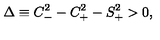
\Delta \equiv C _ { - } ^ { 2 } - C _ { + } ^ { 2 } - S _ { + } ^ { 2 } > 0 ,